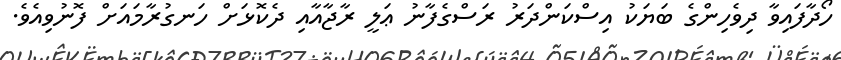
ހޯދާފައިވާ ދިވެހިންގެ ބަޔަކު އިސްކަންދަރު ރަސްގެފާނު ޢަލީ ރާޖާއާއި ދެކޮޅަށް ހަނގުރާމައަށް ފޮނުވިއެވެ.